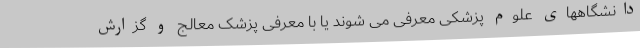
دانشگاههای علوم پزشکی معرفی می شوند یا با معرفی پزشک معالج و گزارش